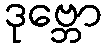
ဒုဗ္ဘော